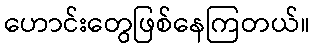
ဟောင်းတွေဖြစ်နေကြတယ်။